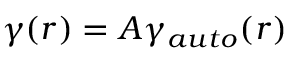
\begin{array} { r } { \gamma ( r ) = A \gamma _ { a u t o } ( r ) } \end{array}